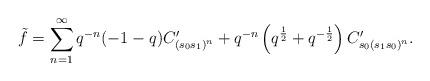
LaTeX: \begin{align*}\tilde{f}=\sum_{n=1}^{\infty}q^{-n}(-1-q)C'_{(s_0s_1)^n}+q^{-n}\left(q^{\frac{1}{2}}+q^{-\frac{1}{2}}\right)C'_{s_0(s_1s_0)^n}.\end{align*}